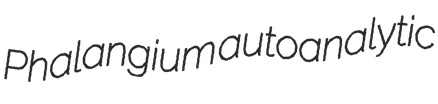
Phalangium autoanalytic